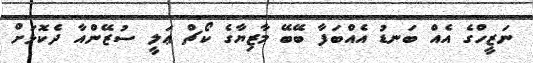
ނަޒީހްގެ އެއް ބަނޑު އެއްބަފާ ބޭބޭ މާޒިޔާގެ ކޯޗް ޢަލީ ސުޒޭންއާ ދެކޮޅަށް